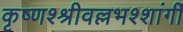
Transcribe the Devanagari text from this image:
कृष्णश्श्रीवल्लभश्शांर्गी